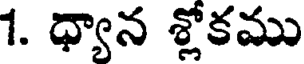
1. ధ్యాన శ్లోకము